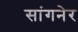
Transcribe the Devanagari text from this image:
सांगनेर